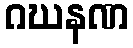
ဂဃနဏ